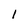
Character: l